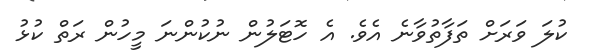
ކުލަ ވަރަށް ތަފާތުވާނެ އެވެ. އެ ހޮޓަލުން ނުކުންނަ މީހުން ރަތް ކުޅު